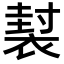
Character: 𧛜